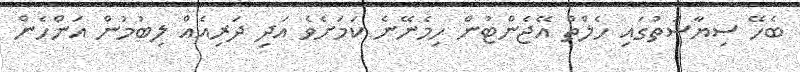
ބެހޭ ސިޔާސަތުގައި ހެލްތް އޭޖެންޓުން ހިމެނޭނެ ކަމަށެވެ އަދި ދަރިއެއް ލިބުމުން އަންހެން